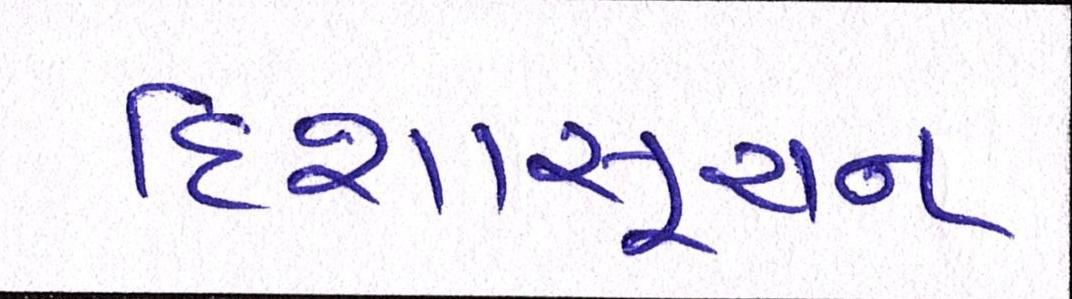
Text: દિશાસૂચન